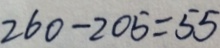
2 6 0 - 2 0 5 = 5 5